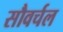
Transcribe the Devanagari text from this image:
सौवर्चल